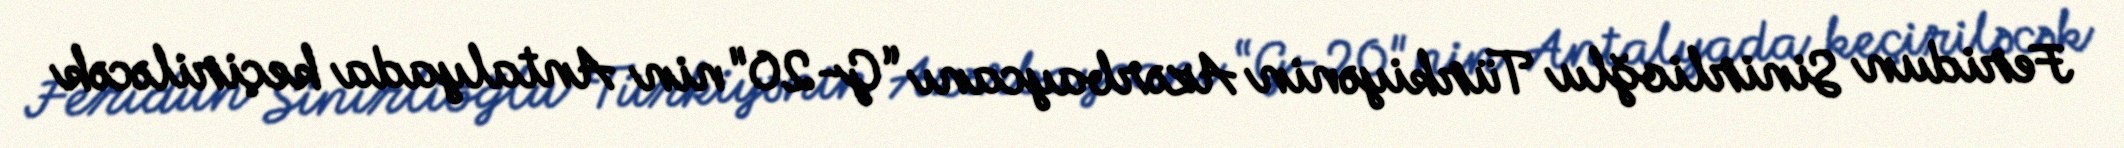
Feridun Sinirlioğlu Türkiyənin Azərbaycanı “G-20"nin Antalyada keçiriləcək